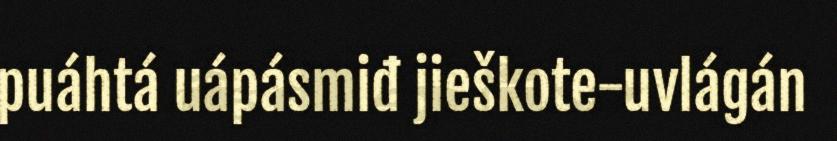
puáhtá uápásmiđ jieškote-uvlágán